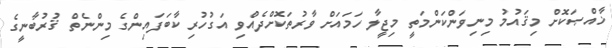
ޚާއްޞަކޮށް މިޤައުމު މިނިވަންކަންމަތީ މިޖީލާ ހަމައަށް ވާރުތަކޮށްދެއްވި އަގުހުރި ކާބަފައިންގެ މިންނެތް ޤުރުބާނީގެ